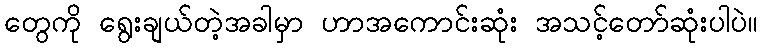
တွေကို ရွေးချယ်တဲ့အခါမှာ ဟာအကောင်းဆုံး အသင့်တော်ဆုံးပါပဲ။